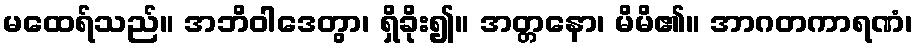
မထေရ်သည်။ အဘိဝါဒေတွာ၊ ရှိခိုး၍။ အတ္တနော၊ မိမိ၏။ အာဂတကာရဏံ၊